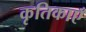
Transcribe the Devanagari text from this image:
कृतिकाएँ